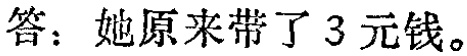
答：她原来带了 3 元钱。